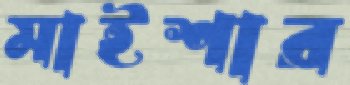
মাইশার